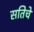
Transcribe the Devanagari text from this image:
सतिचे